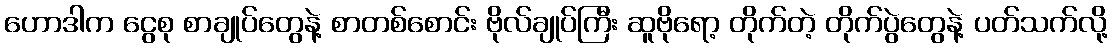
ဟောဒါက ငွေစု စာချုပ်တွေနဲ့ စာတစ်စောင်း ဗိုလ်ချုပ်ကြီး ဆူဗိုရော့ တိုက်တဲ့ တိုက်ပွဲတွေနဲ့ ပတ်သက်လို့